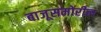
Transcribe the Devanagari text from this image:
बाजूसमोरील